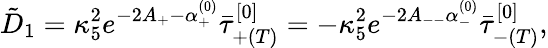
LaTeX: \tilde{D}_{1}=\kappa_{5}^{2}e^{-2A_{+}-\alpha_{+}^{(0)}}\bar{\tau}_{+(T)}^{[0]}=-\kappa_{5}^{2}e^{-2A_{--}\alpha_{-}^{(0)}}\bar{\tau}_{-(T)}^{[0]},